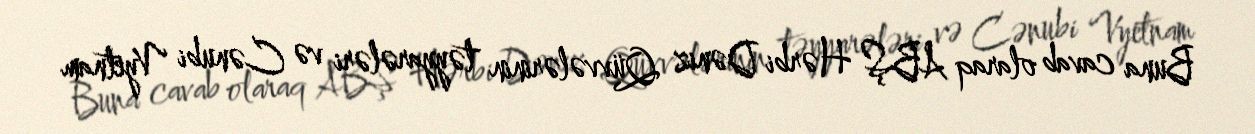
Buna cavab olaraq ABŞ Hərbi Dəniz Qüvvələrinin təyyarələri və Cənubi Vyetnam